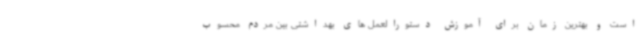
است و بهترین زمان برای آموزش دستورالعمل های بهداشتی بین مردم محسوب